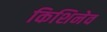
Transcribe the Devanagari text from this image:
किशिनेव